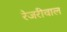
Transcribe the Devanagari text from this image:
रेजरीवाल